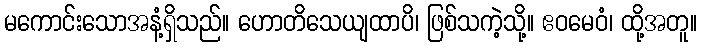
မကောင်းသောအနံ့ရှိသည်။ ဟောတိသေယျထာပိ၊ ဖြစ်သကဲ့သို့။ ဧဝမေဝံ၊ ထို့အတူ။